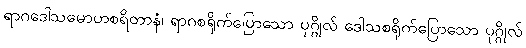
ရာဂဒေါသမောဟစရိတာနံ၊ ရာဂစရိုက်ပြောသော ပုဂ္ဂိုလ် ဒေါသစရိုက်ပြောသော ပုဂ္ဂိုလ်